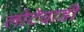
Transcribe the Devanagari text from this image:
लोटेवाडी